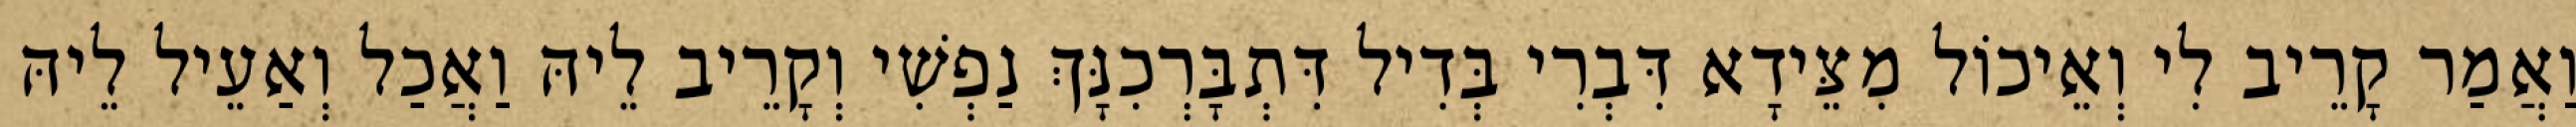
וַאֲמַר קָרֵיב לִי וְאֵיכוֹל מִצֵּידָא דִּבְרִי בְּדִיל דִּתְבָּרְכִנָּךְ נַפְשִׁי וְקָרֵיב לֵיהּ וַאֲכַל וְאַעֵיל לֵיהּ